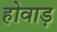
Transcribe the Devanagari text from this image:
होवाड़